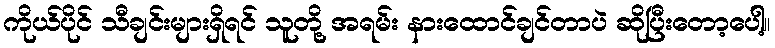
ကိုယ်ပိုင် သီချင်းများရှိရင် သူတို့ အရမ်း နားထောင်ချင်တာပဲ ဆိုပြီးတော့ပေါ့။